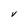
Character: v